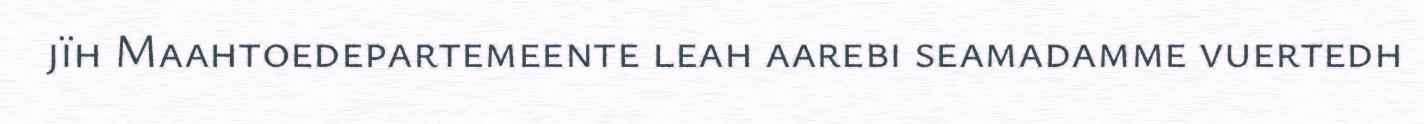
jïh Maahtoedepartemeente leah aarebi seamadamme vuertedh